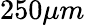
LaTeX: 250\mu m